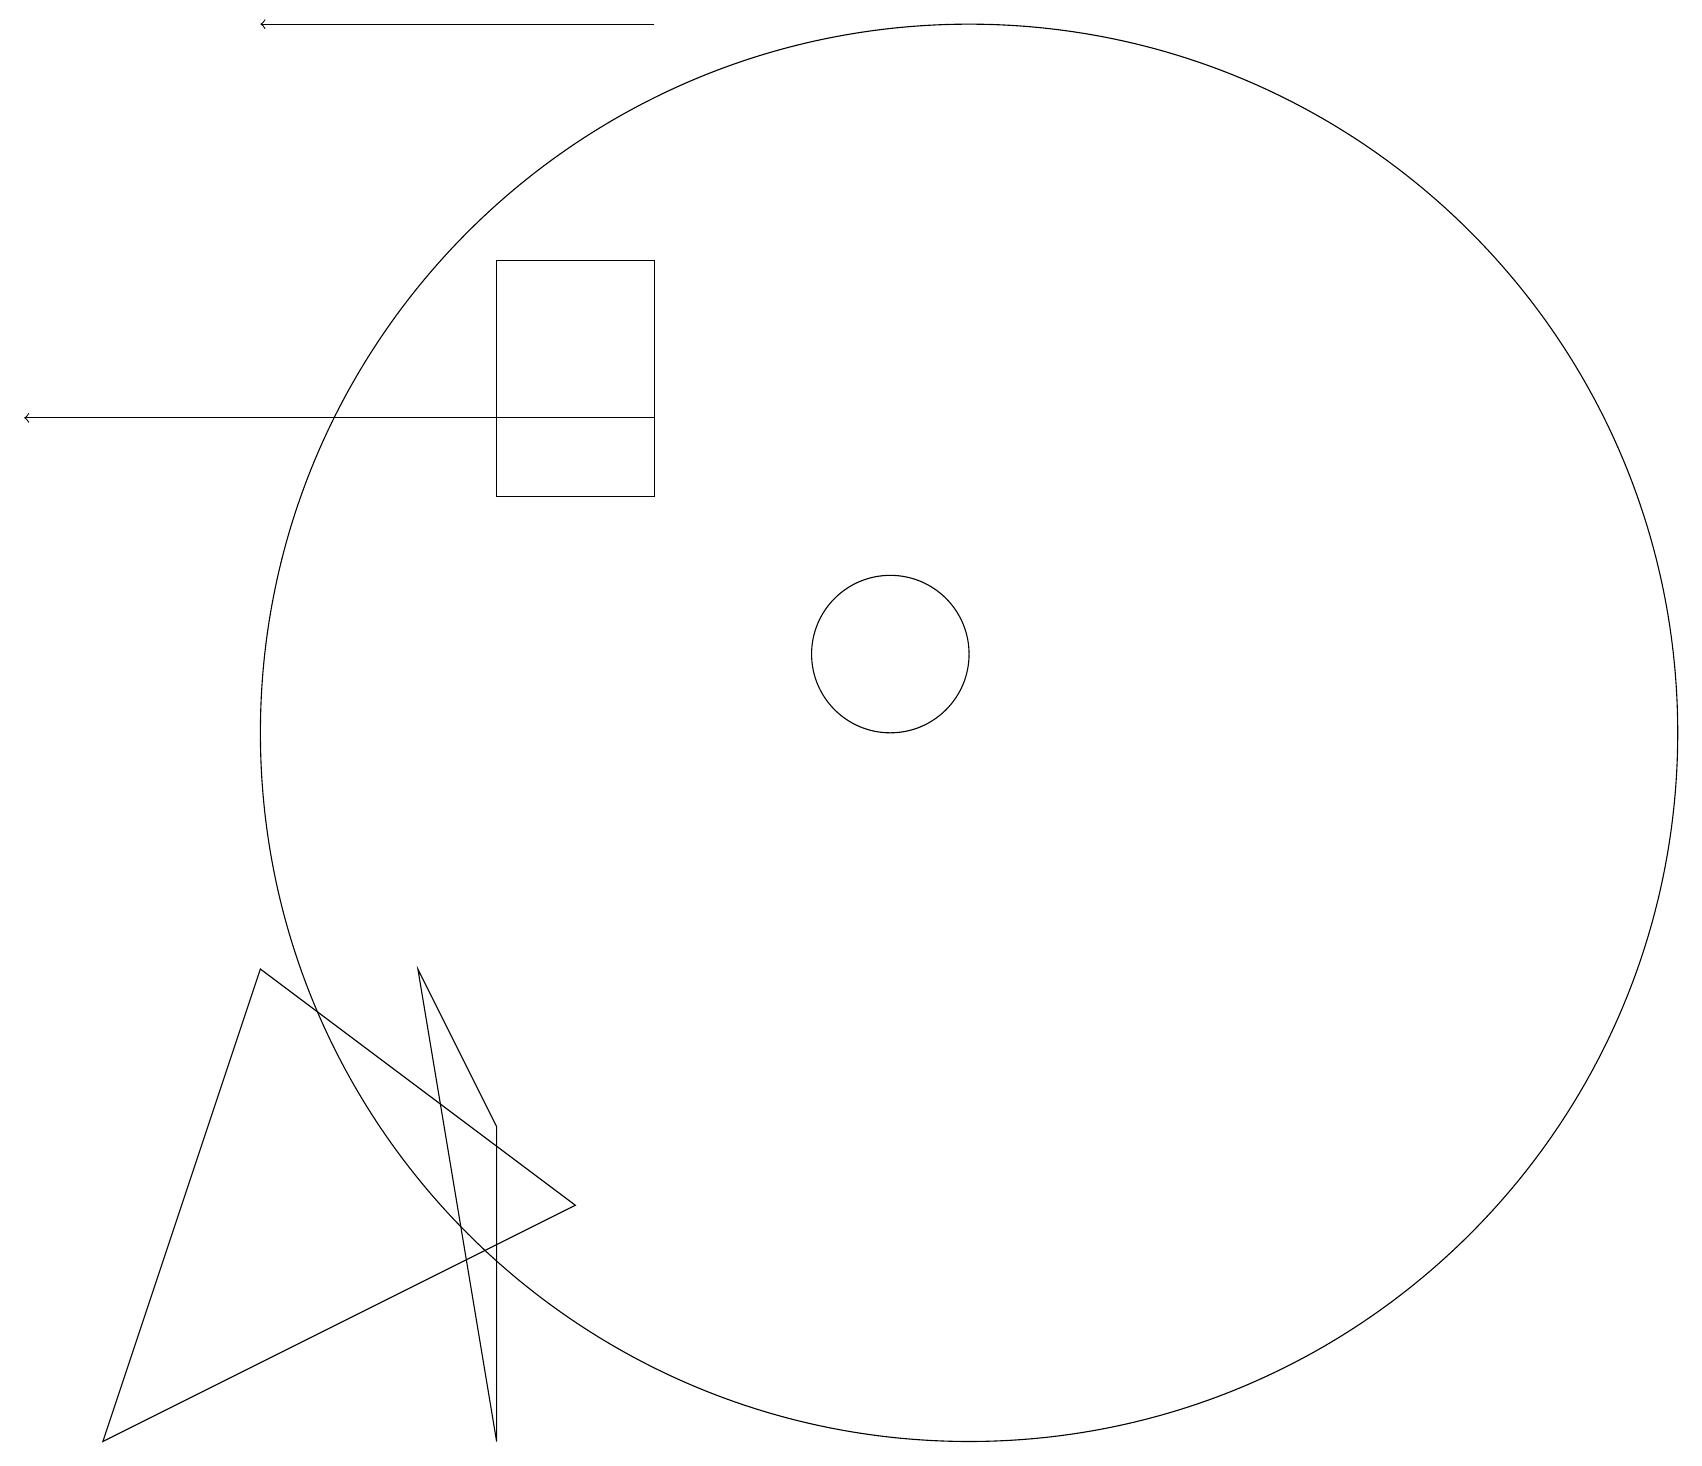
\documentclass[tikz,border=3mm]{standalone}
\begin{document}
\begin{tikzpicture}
\draw (12,10) circle (9);
\draw (5,7) -- (6,1) -- (6,5) -- cycle;
\draw[->] (8,14) -- (0,14);
\draw (3,7) -- (1,1) -- (7,4) -- cycle;
\draw (3,14) rectangle (8,14);
\draw (8,13) rectangle (6,16);
\draw (11,11) circle (1);
\draw[->] (8,19) -- (3,19);
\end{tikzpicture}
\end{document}